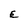
Character: E